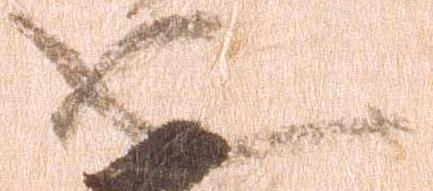
也